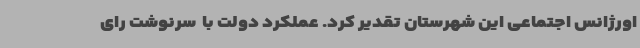
اورژانس اجتماعی این شهرستان تقدیر کرد. عملکرد دولت با  سرنوشت رای